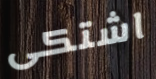
اشتكى